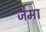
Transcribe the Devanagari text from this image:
जैमा